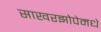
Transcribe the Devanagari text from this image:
साखरझोपेमधे